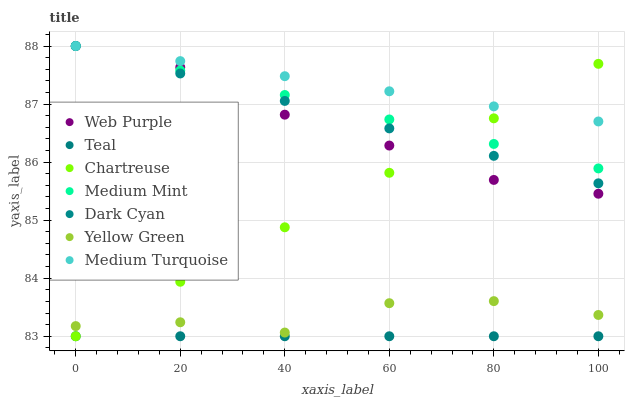
| xaxis_label | Web Purple | Teal | Chartreuse | Medium Mint | Dark Cyan | Yellow Green | Medium Turquoise |
 | --- | --- | --- | --- | --- | --- | --- | --- |
 | 0 | 88 | 83 | 83 | 88 | 88 | 83.2 | 88 |
 | 20 | 87.6 | 83 | 83.9 | 87.6 | 87.5 | 83.2 | 87.7 |
 | 40 | 86.8 | 83 | 84.9 | 87.2 | 87.1 | 83.1 | 87.5 |
 | 60 | 86.3 | 83 | 85.8 | 86.7 | 86.6 | 83.6 | 87.2 |
 | 80 | 85.7 | 83 | 86.8 | 86.3 | 86.1 | 83.6 | 87 |
 | 100 | 85.5 | 83 | 87.7 | 85.9 | 85.6 | 83.4 | 86.7 |